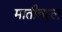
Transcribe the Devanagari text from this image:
मातीबद्दल